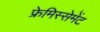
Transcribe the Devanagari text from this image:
फ्रेमिस्सेमेंट